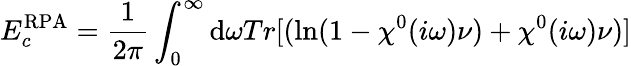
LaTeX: E_{c}^{\mathrm{RPA}}=\frac{1}{2\pi}\int_{0}^{\infty}{\mathrm{d}\omega}Tr[(\ln(1-\chi^{0}(i\omega)\nu)+\chi^{0}(i\omega)\nu)]